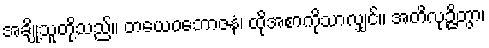
အချို့သူတို့သည်။ တယေဝဘောဇနံ၊ ထိုအစာကိုသာလျှင်။ အတိလုဉ္ဇိတွာ၊